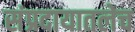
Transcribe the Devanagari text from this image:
संप्रदायातलेच